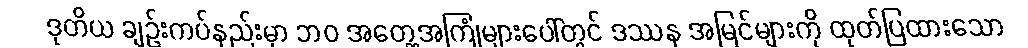
ဒုတိယ ချဉ်းကပ်နည်းမှာ ဘဝ အတွေ့အကြုံများပေါ်တွင် ဒဿန အမြင်များကို ထုတ်ပြထားသော